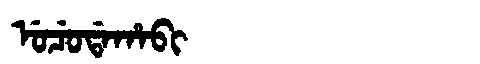
Manchu: ᡠᠴᡠᡩᠠᡥᠠᠪᡳ
Romanization: UCUDAHABI